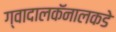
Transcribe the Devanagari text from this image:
ग्वादालकॅनालकडे